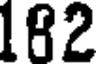
182